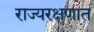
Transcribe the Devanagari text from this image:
राज्यरक्षणात